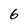
Character: 6